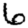
Digit: 6